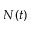
N ( t )